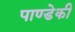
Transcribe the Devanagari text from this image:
पाण्डेकी